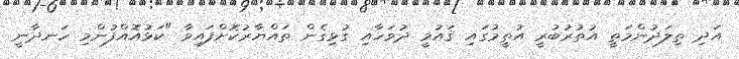
އަދި ތިލަދުންމަތީ އުތުރުބުރީ އުތީމުގައި ޤައުމީ ދުވަހާއި ގުޅިގެން ތައްޔާރުކޮށްފައިވާ "ކަޅުއޮއްފުންމި ހަނދާނީ